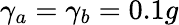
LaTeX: \gamma_{a}=\gamma_{b}=0.1g